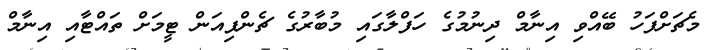
މެޗަށްފަހު ބޭއްވި އިނާމް ދިނުމުގެ ހަފްލާގައި މުބާރުގެ ޗެންޕިއަން ޓީމަށް ތައްޓާއި އިނާމް